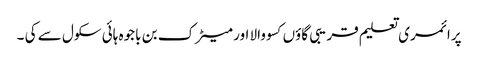
پرا ئمری تعلیم قریبی گاؤں کسو والا اور میٹرک بن باجوہ ہائی سکول سے کی ۔